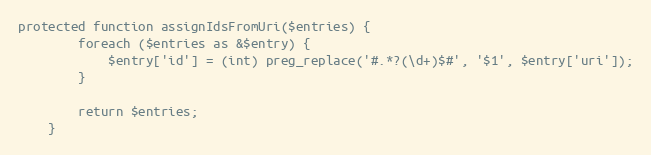
Language: PHP
protected function assignIdsFromUri($entries) {
        foreach ($entries as &$entry) {
            $entry['id'] = (int) preg_replace('#.*?(\d+)$#', '$1', $entry['uri']);
        }

        return $entries;
    }